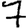
Digit: 7